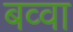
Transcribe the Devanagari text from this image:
बव्वा